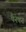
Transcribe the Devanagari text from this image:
पैनेपन